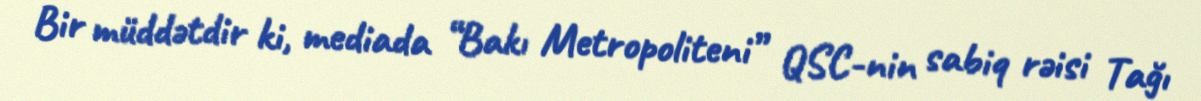
Bir müddətdir ki, mediada “Bakı Metropoliteni” QSC-nin sabiq rəisi Tağı